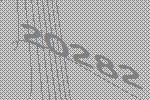
20282